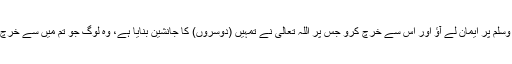
اللہ تعالی اور اس کے رسول صلی اللہ علیہ وآلہ وسلم پر ایمان لے آؤ اور اس سے خرچ کرو جس پر اللہ تعالیٰ نے تمہیں (دوسروں) کا جانشین بنایا ہے، وہ لوگ جو تم میں سے خرچ کریں گے ان کے لئے بہت بڑا اجرو ثواب ہے۔